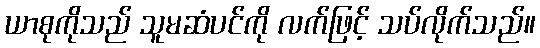
ယာစုကိုသည် သူမဆံပင်ကို လက်ဖြင့် သပ်လိုက်သည်။